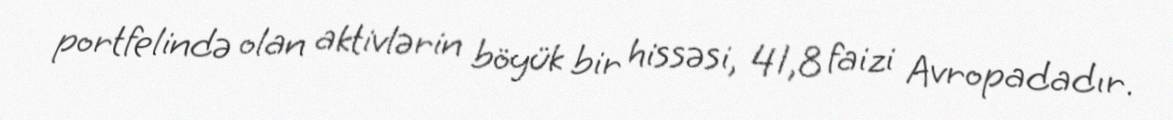
portfelində olan aktivlərin böyük bir hissəsi, 41,8 faizi Avropadadır.